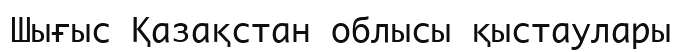
Шығыс Қазақстан облысы қыстаулары